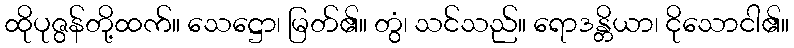
ထိုပုဇွန်တို့ထက်။ သေဋ္ဌော၊ မြတ်၏။ တွံ၊ သင်သည်။ ရောဒန္တိယာ၊ ငိုသောငါ၏။